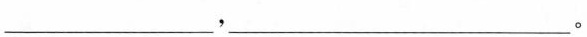
___，___。